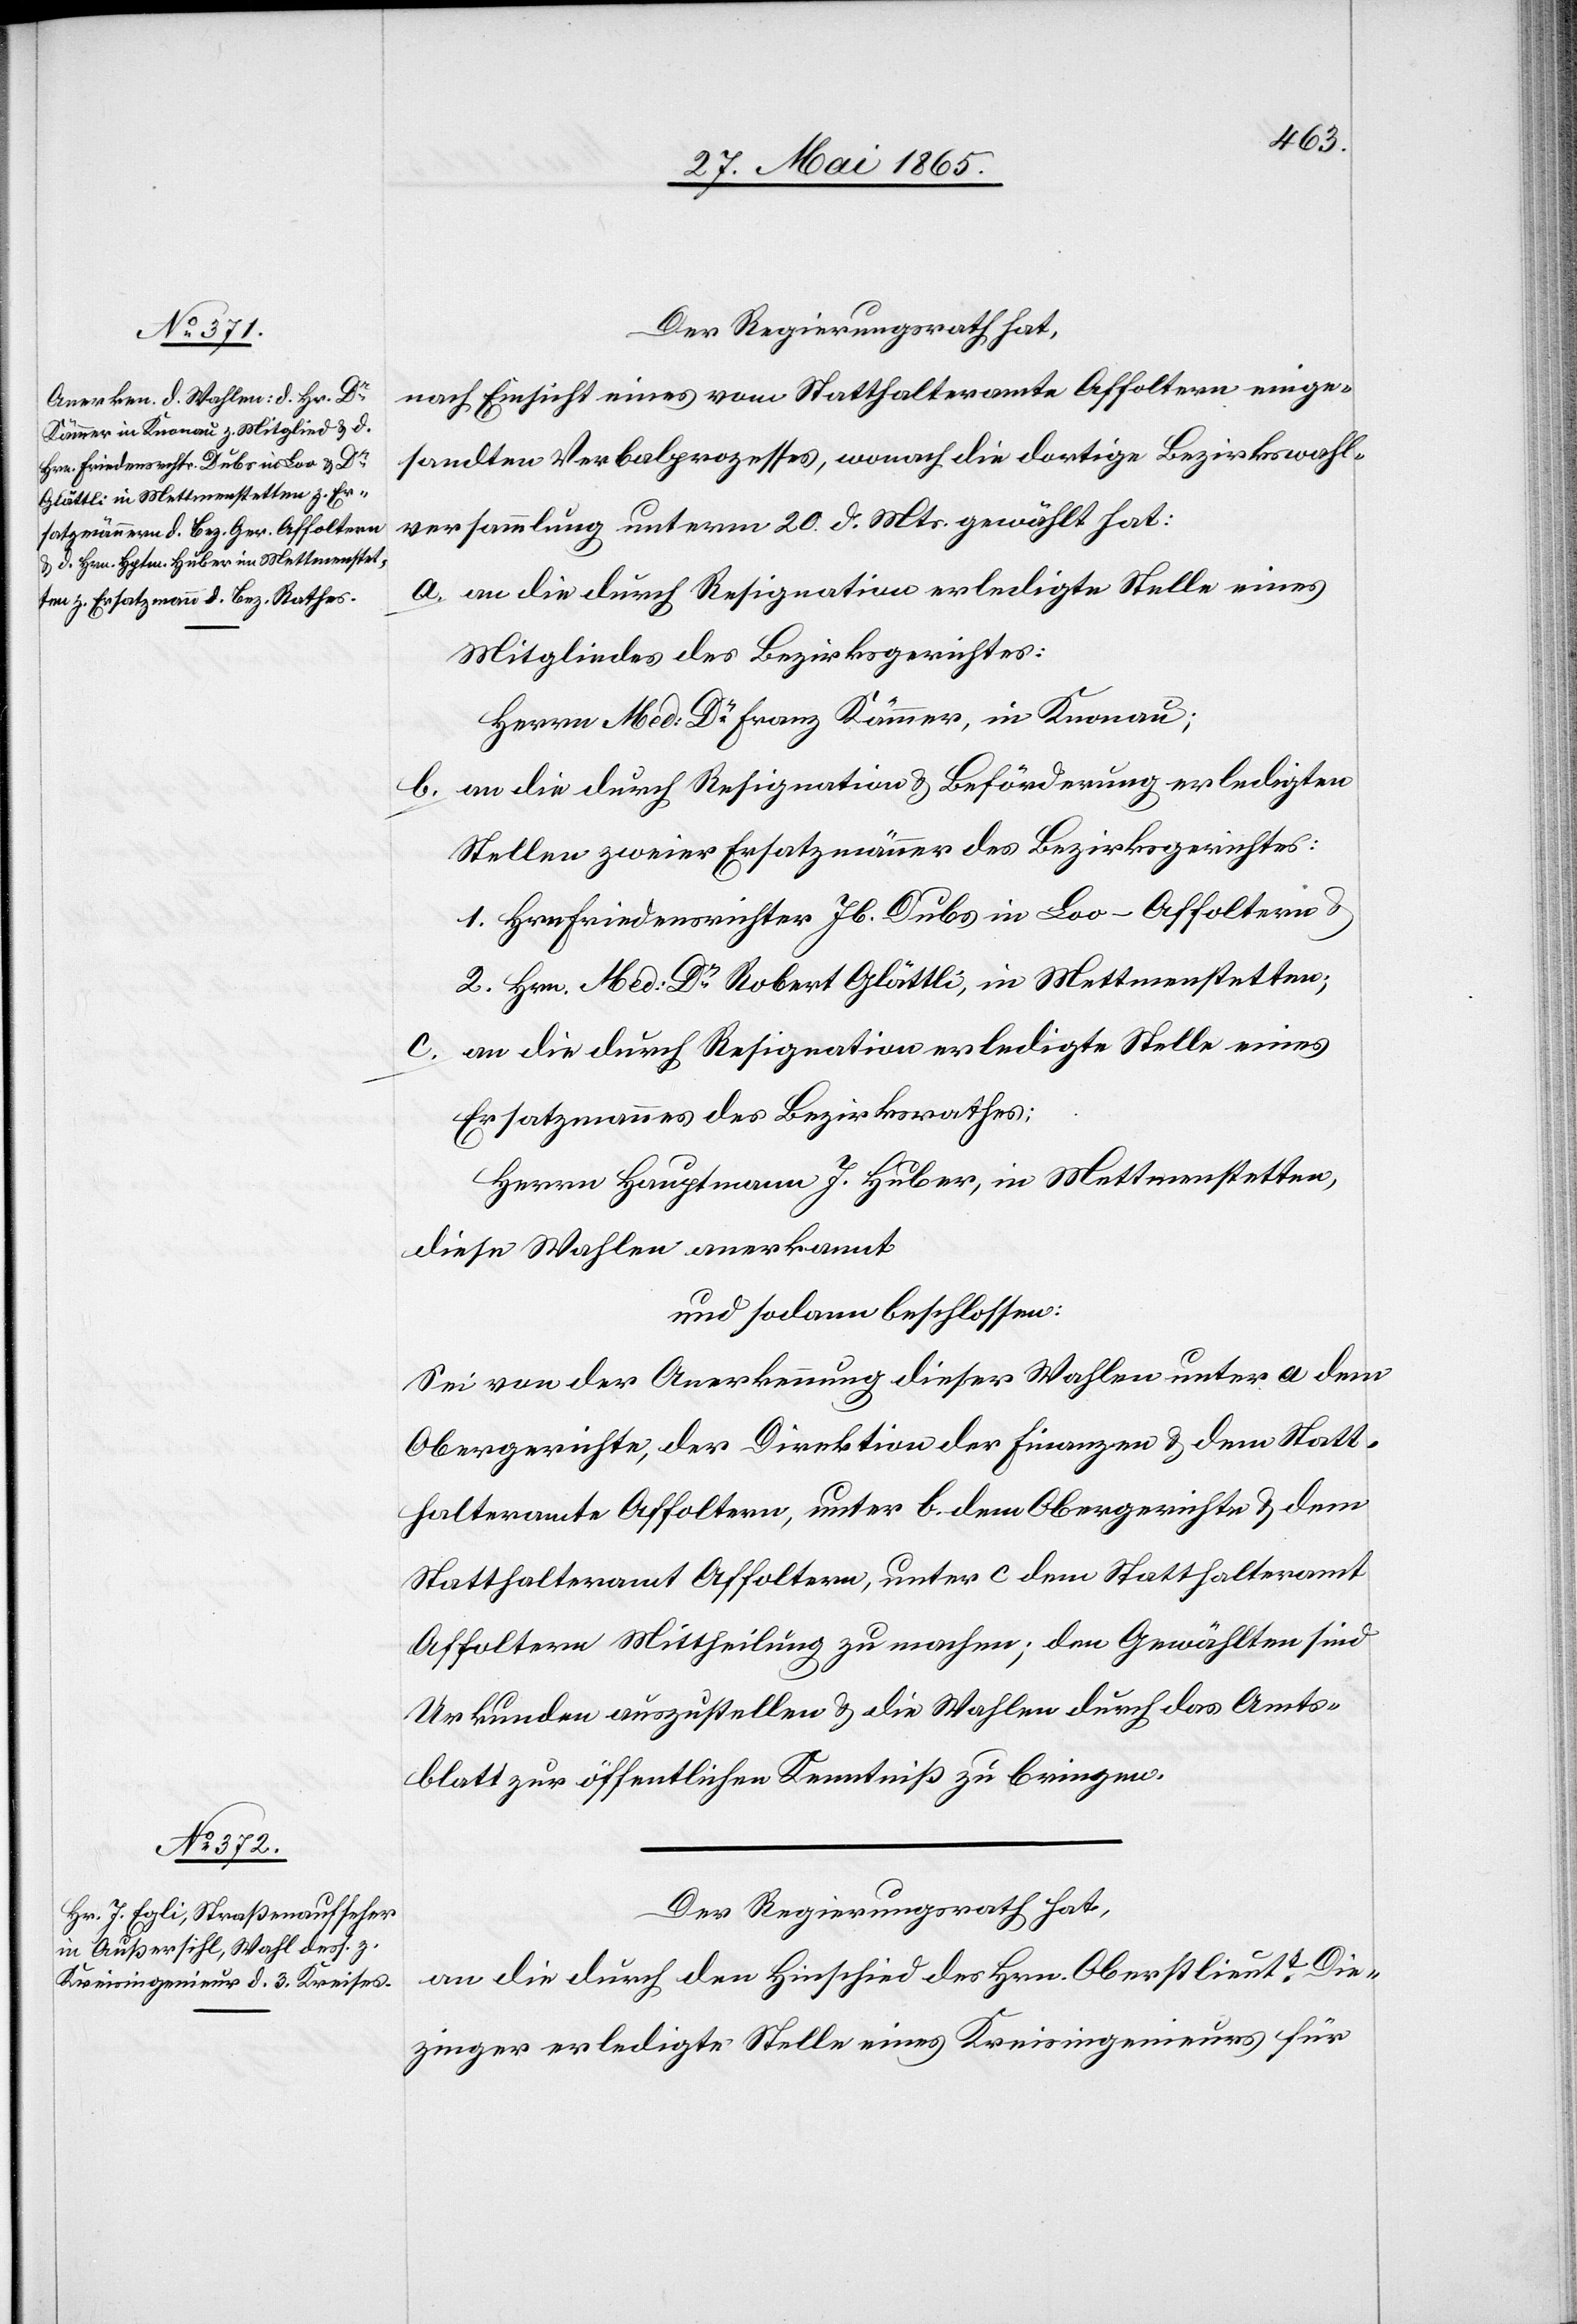
Der Regierungsrath hat,
nach Einsicht eines vom Statthalteramte Affoltern einge¬
sandten Verbalprozesses, wonach die dortige Bezirkswahl¬
versammlung unterm 20. d. Mts. gewählt hat:
a. an die durch Resignation erledigte Stelle eines
Mitgliedes des Bezirksgerichtes:
Herrn Med: Dr Franz Kämmer, in Knonau;
b. an die durch Resignation & Beförderung erledigten
Stellen zweier Ersatzmänner des Bezirksgerichtes:
1. Hrn Friedensrichter Jb. Dubs in Loo-Affoltern &
2. Hrn. Med: Dr Robert Glättli, in Mettmenstetten;
c. an die durch Resignation erledigte Stelle eines
Ersatzmannes des Bezirksrathes:
Herrn Hauptmann J. Huber, in Mettmenstetten,
diese Wahlen anerkannt
und sodann beschlossen:
Sei von der Anerkennung dieser Wahlen unter a dem
Obergerichte, der Direktion der Finanzen & dem Statt¬
halteramte Affoltern, unter b. dem Obergerichte & dem
Statthalteramt Affoltern, unter c dem Statthalteramt
Affoltern Mittheilung zu machen; den Gewählten sind
Urkunden auszustellen & die Wahlen durch das Amts¬
blatt zur öffentlichen Kenntniß zu bringen.
Der Regierungsrath hat,
an die durch den Hinschied des Hrn. Oberstlieutt Die¬
zinger erledigte Stelle eines Kreisingenieurs für